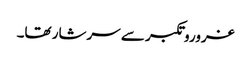
غروروتکبر سے سرشار تھا۔